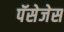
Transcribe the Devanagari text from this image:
पॅसेजेस